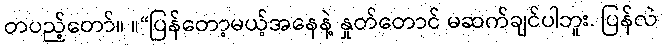
တပည့်တော်။ ။“ပြန်တော့မယ့်အနေနဲ့ နှုတ်တောင် မဆက်ချင်ပါဘူး. ပြန်လဲ